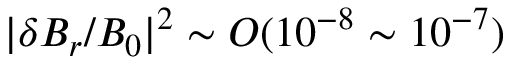
\lvert \delta B _ { r } / B _ { 0 } \rvert ^ { 2 } \sim O ( 1 0 ^ { - 8 } \sim 1 0 ^ { - 7 } )